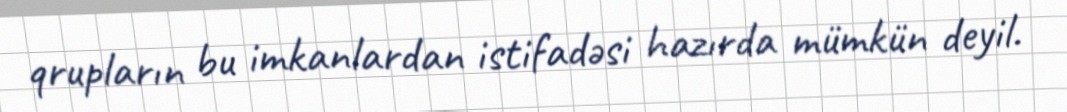
qrupların bu imkanlardan istifadəsi hazırda mümkün deyil.